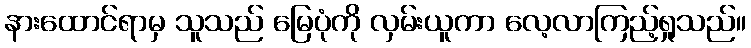
နားထောင်ရာမှ သူသည် မြေပုံကို လှမ်းယူကာ လေ့လာကြည့်ရှုသည်။